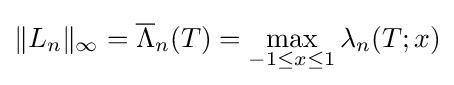
\lVert L_{n}\rVert _{\infty }={\overline {\Lambda }}_{n}(T)=\max _{-1\leq x\leq 1}\lambda _{n}(T;x)